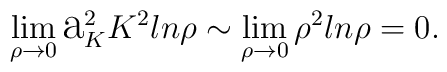
\lim_{\rho\to0}\hbox{\Large a}_{K}^{2}K^{2}ln\rho\sim\lim_{\rho\to0}\rho^{2}ln\rho=0.